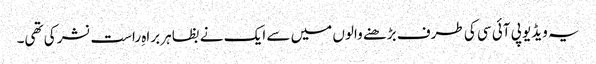
یہ ویڈیو پی آئی سی کی طرف بڑھنے والوں میں سے ایک نے بظاہر براہِ راست نشر کی تھی۔